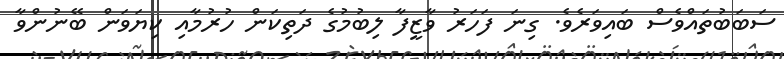
ސަބަބުތައްވެސް ބައިވަރެވެ. ގިނަ ފަހަރު ވާޒީފާ ލިބުމުގެ ދަތިކަން ހުރުމާއި ކިޔަވަން ބޭނުންވާ